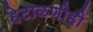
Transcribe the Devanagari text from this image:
हेटाळणीही